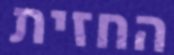
החזית